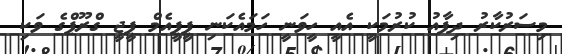
މިސަރުކާރު ދިފާއު ކުރުމަކީ އެއީ ހީވަނީ ހަމައެކަނި ޕީޕީއެމް ޕީޖީ ގްރޫޕްގެ ވަކި